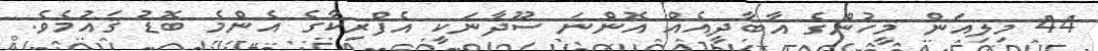
44 މިލިއަން މީހުންގެ އާބާދީއެއް އޮންނަ ސޫދާނަކީ އެފްރިކާގެ އެންމެ ބޮޑު ޤައުމެވެ.